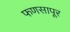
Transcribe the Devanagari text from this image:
फणसापूर